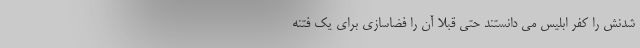
شدنش را کُفر ابلیس می دانستند حتی قبلا آن را فضاسازی برای یک فتنه